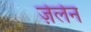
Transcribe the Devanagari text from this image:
ज़ेलेन